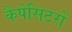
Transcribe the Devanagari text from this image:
कैपेसिटरों